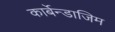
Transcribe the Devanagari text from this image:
कार्बेन्डाजिम